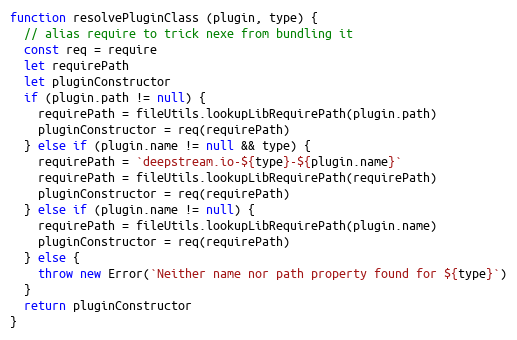
Language: JavaScript
function resolvePluginClass (plugin, type) {
  // alias require to trick nexe from bundling it
  const req = require
  let requirePath
  let pluginConstructor
  if (plugin.path != null) {
    requirePath = fileUtils.lookupLibRequirePath(plugin.path)
    pluginConstructor = req(requirePath)
  } else if (plugin.name != null && type) {
    requirePath = `deepstream.io-${type}-${plugin.name}`
    requirePath = fileUtils.lookupLibRequirePath(requirePath)
    pluginConstructor = req(requirePath)
  } else if (plugin.name != null) {
    requirePath = fileUtils.lookupLibRequirePath(plugin.name)
    pluginConstructor = req(requirePath)
  } else {
    throw new Error(`Neither name nor path property found for ${type}`)
  }
  return pluginConstructor
}